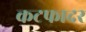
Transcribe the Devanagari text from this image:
कटफादर